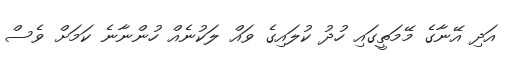
އަދި އޭނާގެ މޭމަތީގައި ހުދު ކުލައިގެ ވައް ލަކުނެއް ހުންނާނެ ކަމަށް ވެސް